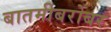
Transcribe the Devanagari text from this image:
बातमीबरोबर